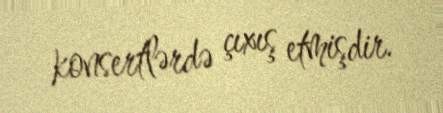
konsertlərdə çıxış etmişdir.